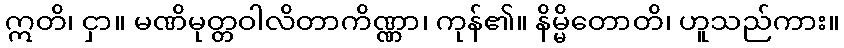
ဣတိ၊ ငှာ။ မဏိမုတ္တဝါလိတာကိဏ္ဏာ၊ ကုန်၏။ နိမ္မိတောတိ၊ ဟူသည်ကား။